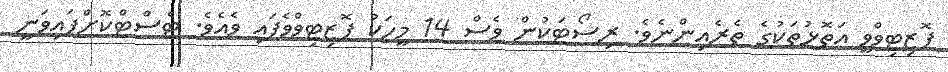
ޕޮޒިޓިވްވީ އަތޮޅުތަކުގެ ތެރެއިންނެވެ. ރިސޯޓަކުން ވެސް 14 މީހަކު ޕޮޒިޓިވްވެފައި ވެއެެވެ. ޓެސްޓްކޮށްފައިވަނީ